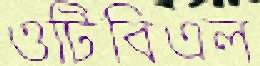
ওটিবিএল